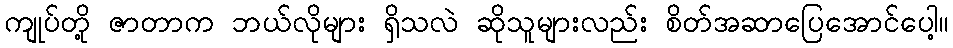
ကျုပ်တို့ ဇာတာက ဘယ်လိုများ ရှိသလဲ ဆိုသူများလည်း စိတ်အဆာပြေအောင်ပေါ့။